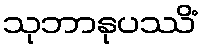
သုဘာနုပဿိံ